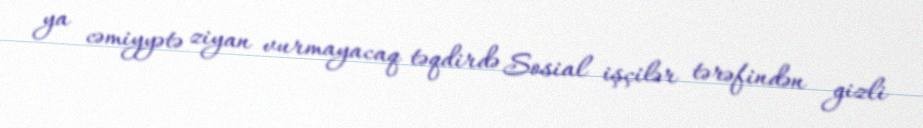
ya cəmiyyətə ziyan vurmayacaq təqdirdə Sosial işçilər tərəfindən gizli